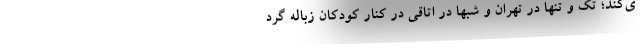
ی‌کند؛ تک و تنها در تهران و شبها در اتاقی در کنار کودکان زباله گرد